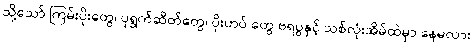
သို့သော် ကြမ်းပိုးတွေ၊ ပုရွက်ဆိတ်တွေ၊ ပိုးဟပ် တွေ ဗရပွနှင့် သစ်လုံးအိမ်ထဲမှာ နေမလား